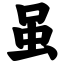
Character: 虽